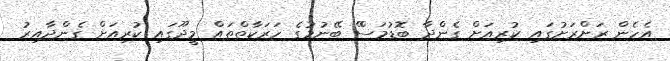
އެހެން ރަށްރަށުގައި ކުރިއަށް ގެންދާ ބޮޑުމަސްް ބޭނުމުގެ ހަރަކާތްތައް މީދޫގައި ކުރިއަށް ގެންދާއިރު